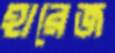
হারেজ